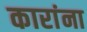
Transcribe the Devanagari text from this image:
कारांना